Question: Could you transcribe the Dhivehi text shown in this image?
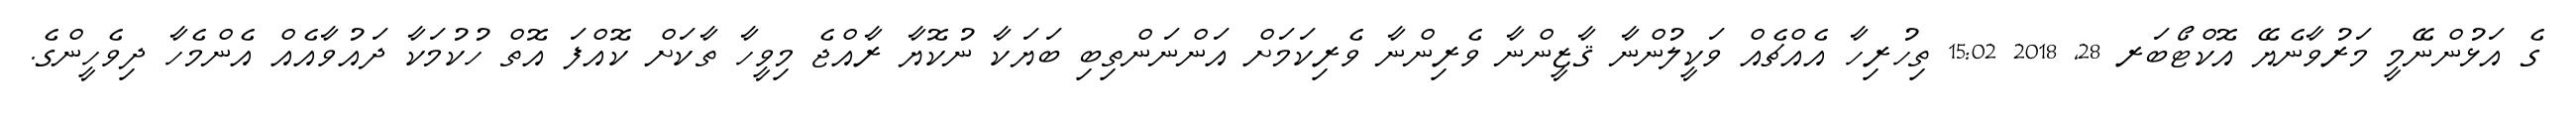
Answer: ގެ އަޅުންނޭމީ މަރުވާނެޔޭ އޮކްޓޯބަރ 28, 2018 15:02 ތިހުރިހާ އެއްޗެއް ވަކީލުންނާ ޤާޒީންނާ ވެރިންނާ ވެރިކަމަށް އަންނަންތިބި ބަޔަކާ ނުކޮޔާ ރާއްޖެ މިވީހާ ތާކަށް ކޮއްފަ އޮތް ހުކުމަކާ ދައުވާއެއް އެންމެހާ ދިވެހީންގެ.